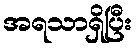
အရသာရှိပြီး